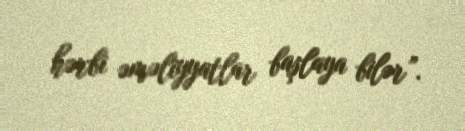
hərbi əməliyyatlar başlaya bilər”.